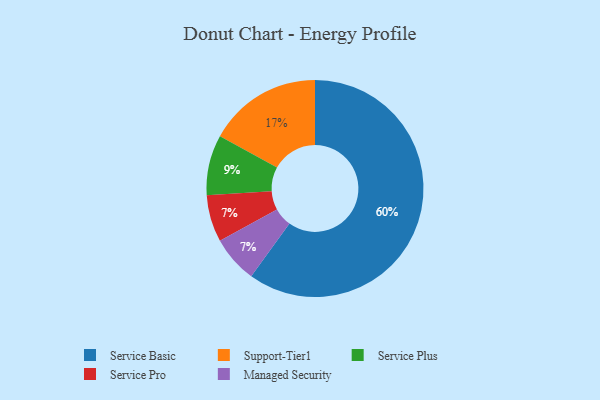
{"axis": {"x": "Category", "y": "Percentage"}, "legend": ["Managed Security", "Service Basic", "Service Plus", "Service Pro", "Support-Tier1"], "data": [{"x": "Service Plus", "y": 9, "type": "Service Plus"}, {"x": "Service Basic", "y": 60, "type": "Service Basic"}, {"x": "Service Pro", "y": 7, "type": "Service Pro"}, {"x": "Support-Tier1", "y": 17, "type": "Support-Tier1"}, {"x": "Managed Security", "y": 7, "type": "Managed Security"}]}